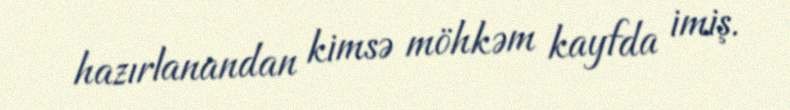
hazırlanandan kimsə möhkəm kayfda imiş.